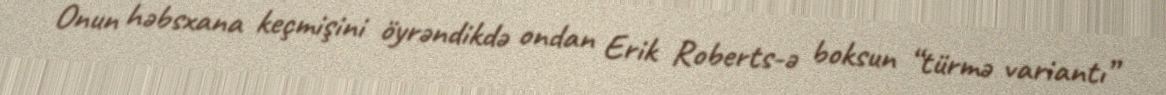
Onun həbsxana keçmişini öyrəndikdə ondan Erik Roberts-ə boksun “türmə variantı”